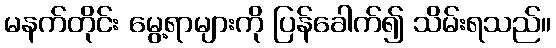
မနက်တိုင်း မွေ့ရာများကို ပြန်ခေါက်၍ သိမ်းရသည်။